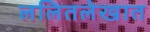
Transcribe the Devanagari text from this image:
ललितलेखात